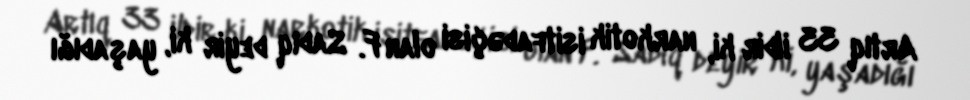
Artıq 33 ildir ki, narkotik isitfadəçisi olan F. Sadıq deyir ki, yaşadığı